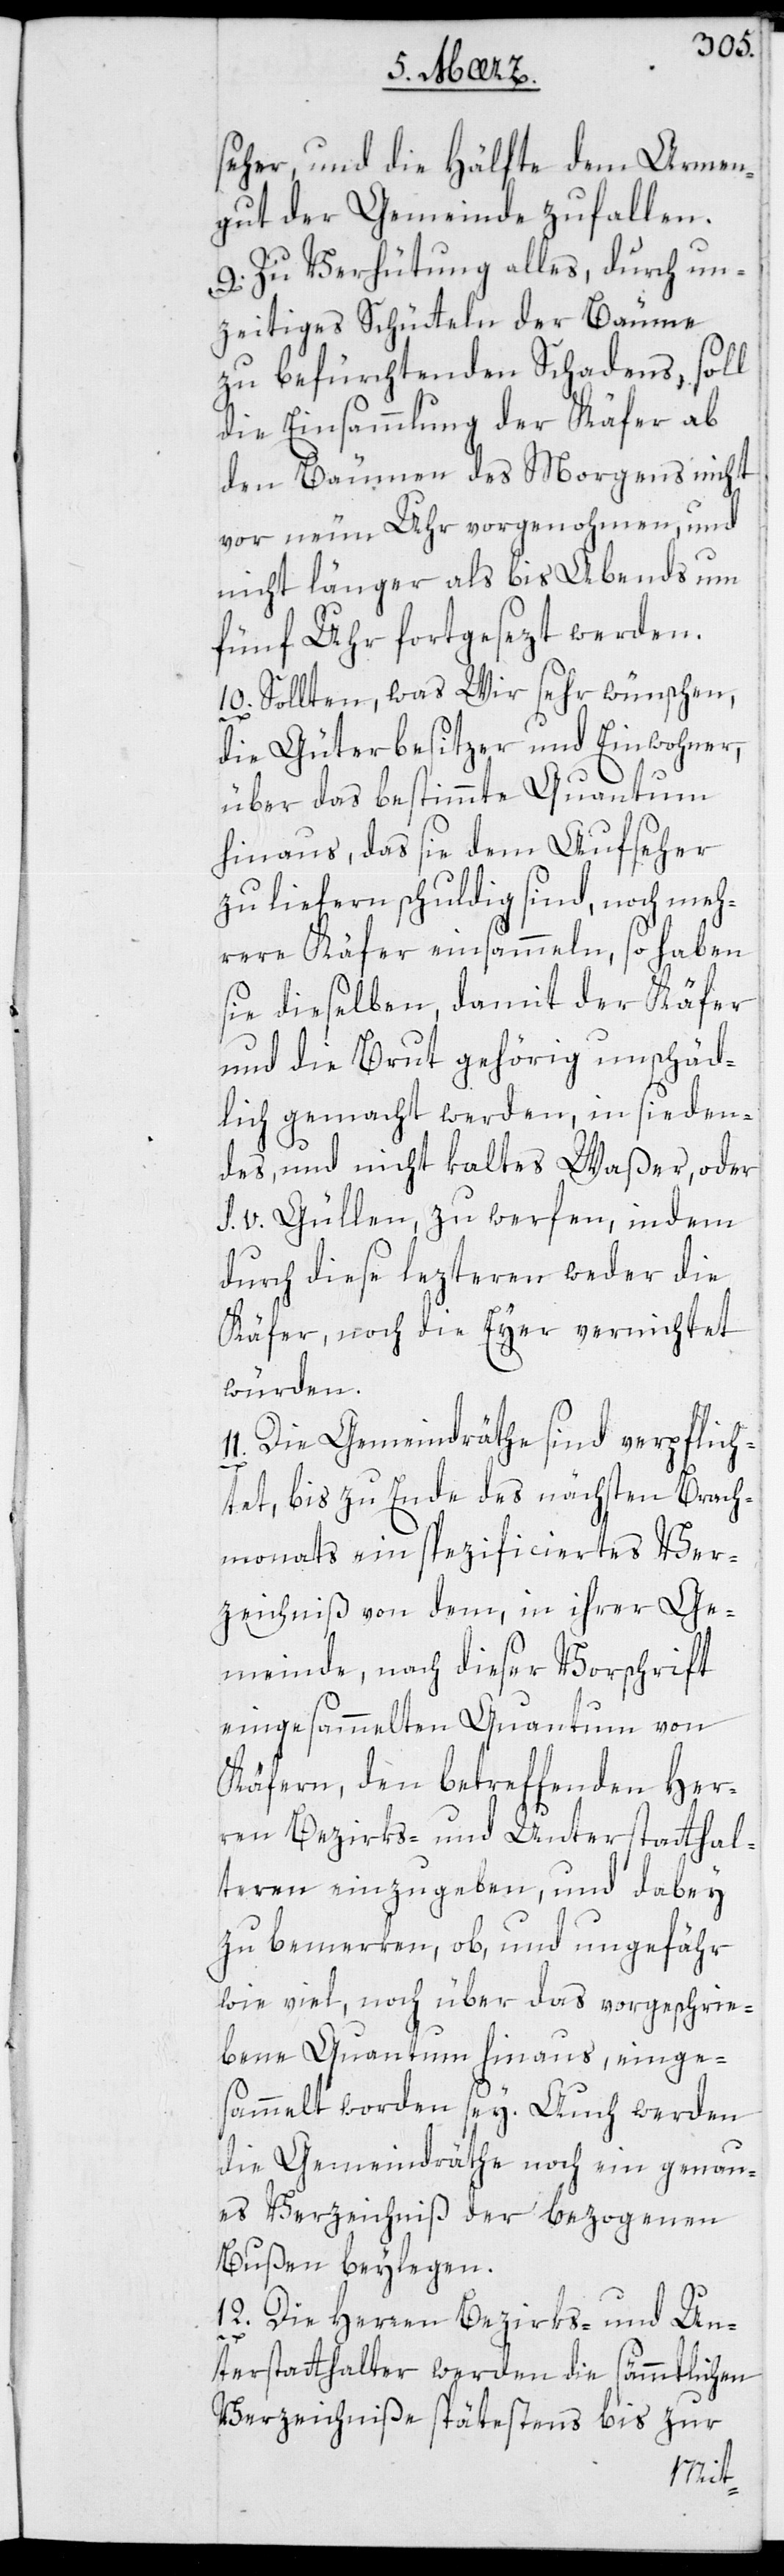
seher und die Hälfte dem Armen¬
gut der Gemeinde zufallen.
9. Zu Verhütung alles, durch un¬
zeitiges Schütteln der Bäume
zu befürchtenden Schadens, soll
die Einsammmlung der Käfer ab
den Bäumen des Morgens nicht
vor neun Uhr vorgenohmen, und
nicht länger als bis abends um
fünf Uhr fortgesezt werden.
10. Sollten, was Wir sehr wünschen,
die Güterbesitzer und Einwohner,
über das bestimmte Quantum
hinaus, das sie dem Aufseher
zu liefern schuldig sind, noch meh¬
rere Käfer einsammeln, so haben
sie dieselben, damit der Käfer
und die Brut gehörig unschäd¬
lich gemacht werden, in sieden¬
des, und nicht kaltes Waßer, oder
s. v. Güllen zu werfen, indem
durch diese lezteren weder die
Käfer noch die Eyer vernichtet
würden.
11. Die Gemeindräthe sind verpflich¬
tet, bis zu Ende des nächsten Brach¬
monats ein specificiertes Ver¬
zeichniß von dem, in ihrer Ge¬
meinde nach dieser Vorschrift
eingesammelten Quantum von
Käfern, den betreffenden Her¬
ren Bezirks- und Unterstatthal¬
teren einzugeben, und dabey
zu bemerken, ob und ungefähr
wie viel noch über das vorgeschrie¬
bene Quantum hinaus einge¬
sammelt worden sey. Auch werden
die Gemeindräthe noch ein genau¬
es Verzeichniß der bezogenen
Bußen beilegen.
12. Die Herren Bezirks- und Un¬
terstatthalter werden die sämmtlichen
Verzeichniße spätestens bis zur